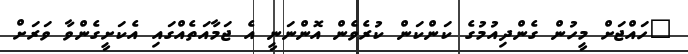
"ހައްޖަށް މީހުން ގެންދިއުމުގެ ކަންކަން ކުރެވެން އޮންނަނީ އެ ޖަމާއަތެއްގައި އެކަށީގެންވާ ވަރަށް